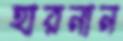
হারনান